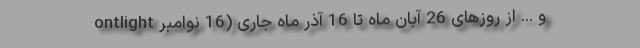
ontlight و ... از روزهای 26 آبان ماه تا 16 آذر ماه جاری (16 نوامبر